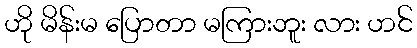
ဟို မိန်းမ ပြောတာ မကြားဘူး လား ဟင်